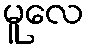
မူလေ